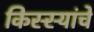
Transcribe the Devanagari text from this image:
किस्स्यांचे